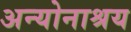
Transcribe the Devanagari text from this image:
अन्योनाश्रय